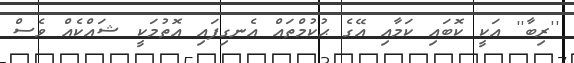
''ރިބާ'' އަކީ ކޮބައި ކަމާއި އޭގެ ޙުކުމްތައް އެނގިފައި އޮތުމަކީ ޝައްކެއް ވެސް